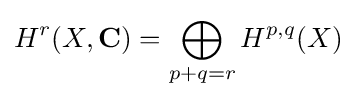
H^{r}(X,\mathbf {C} )=\bigoplus _{p+q=r}H^{p,q}(X)